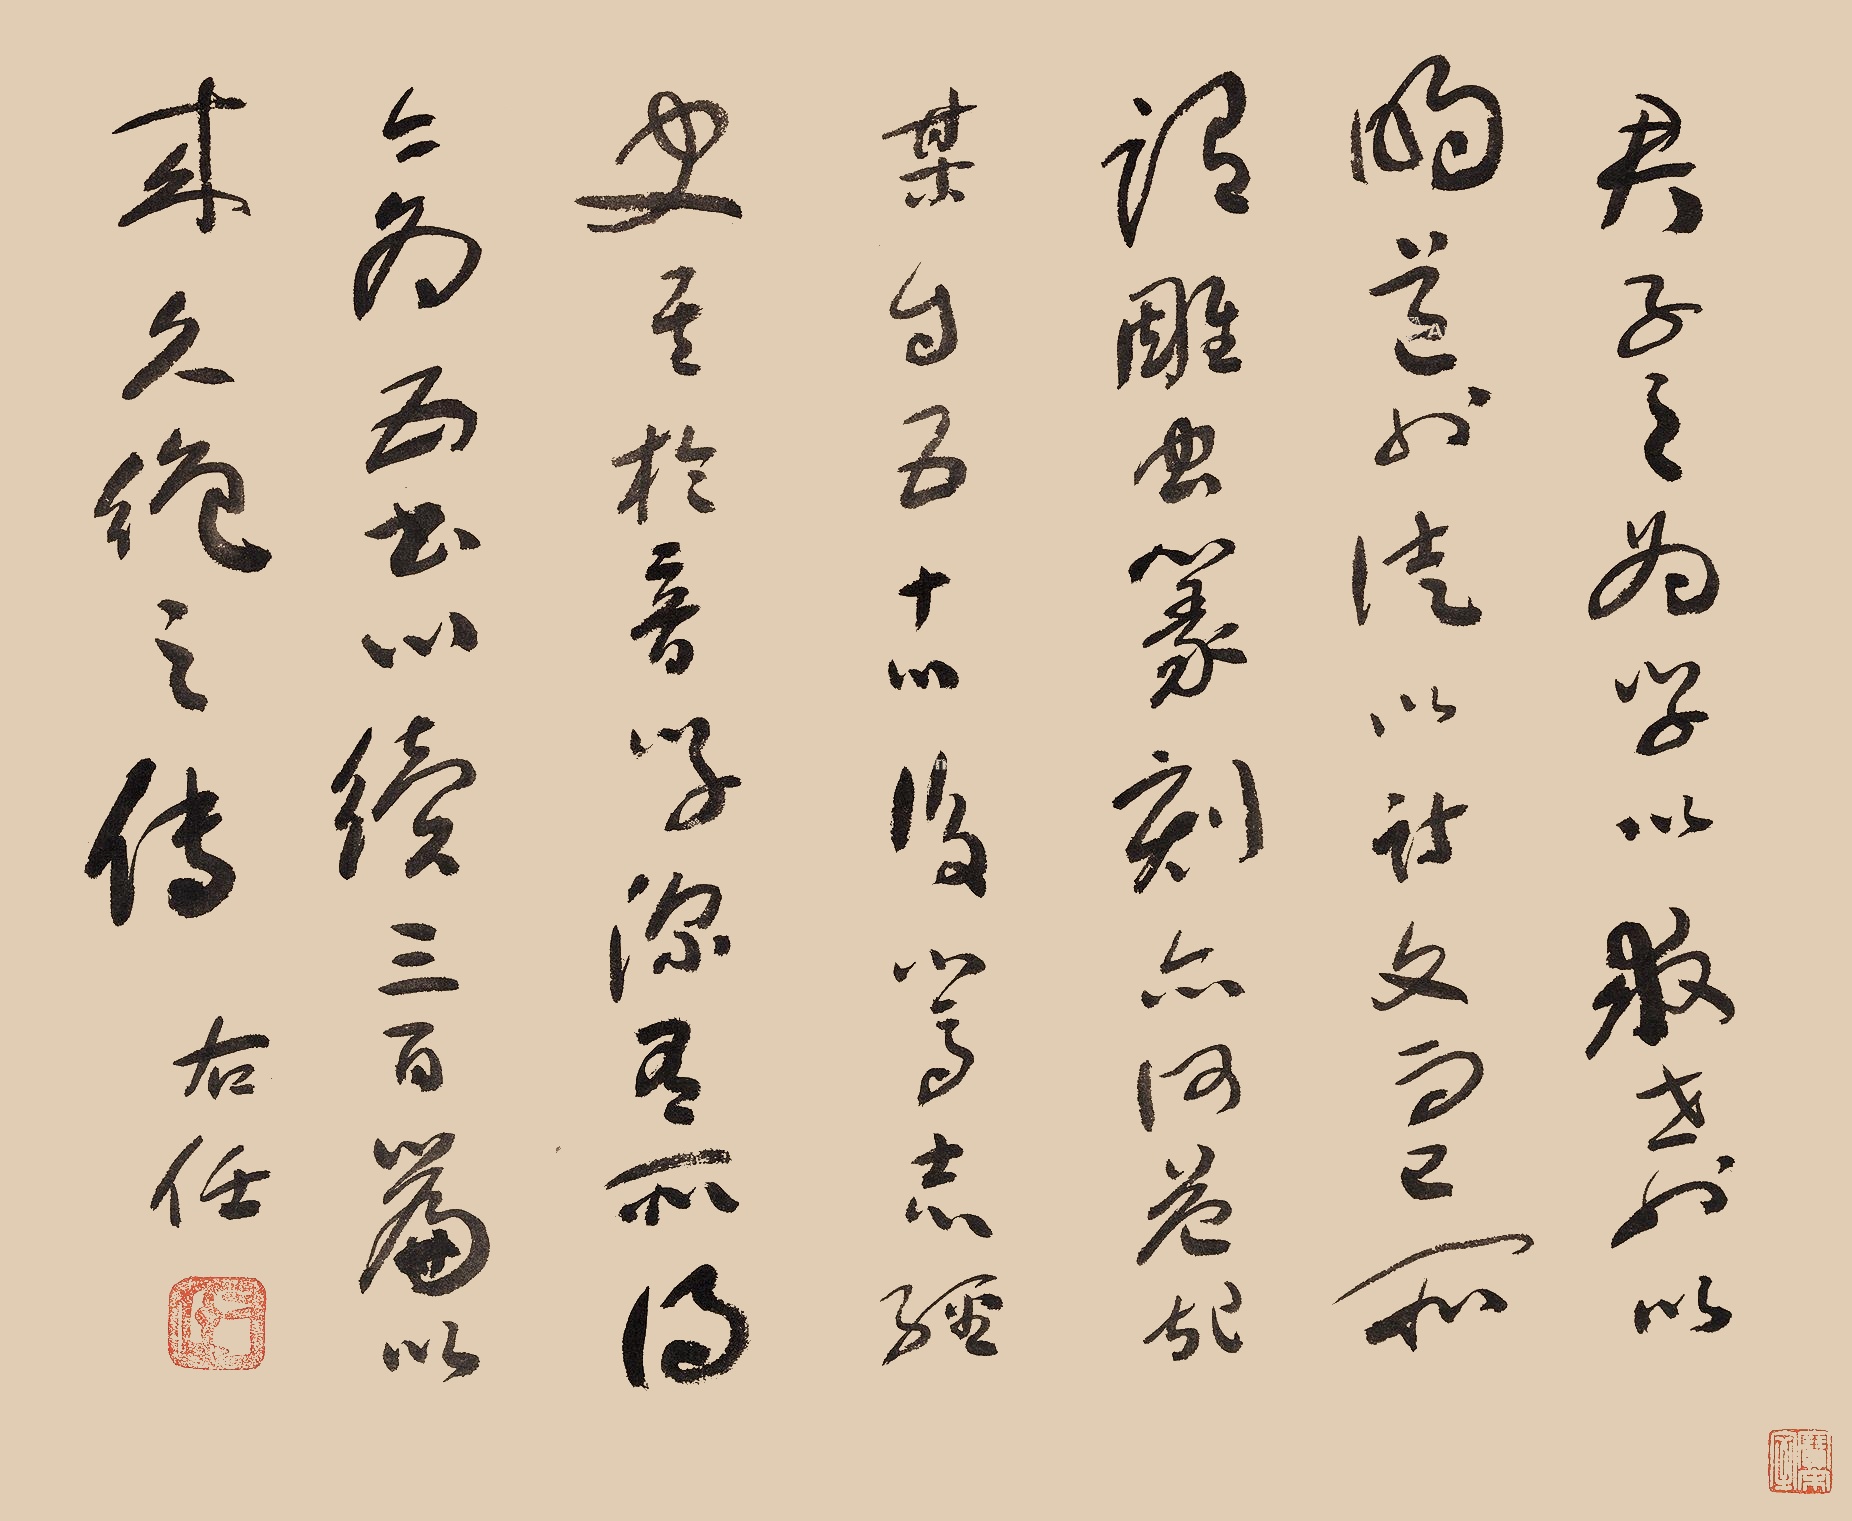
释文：君子之为学也，以明道也。徒以诗文而已。所谓雕虫篆刻，亦何益哉！某自五十以后写笃志经史，其于音学深有所得，今为五书，以续三百篇以来久绝之传。右任